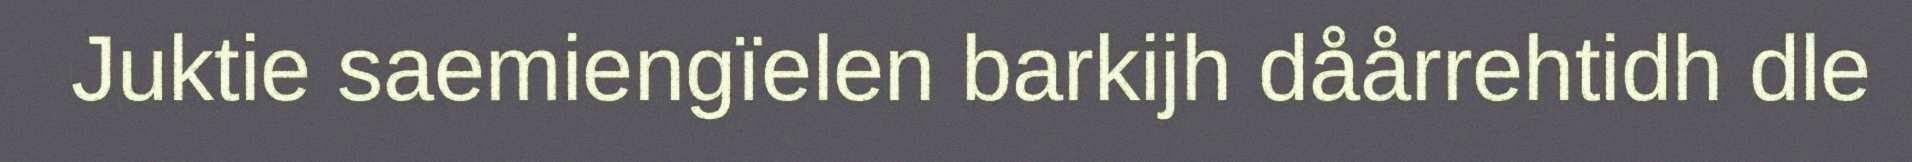
Juktie saemiengïelen barkijh dåårrehtidh dle